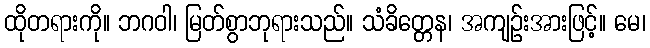
ထိုတရားကို။ ဘဂဝါ၊ မြတ်စွာဘုရားသည်။ သံခိတ္တေန၊ အကျဉ်းအားဖြင့်။ မေ၊